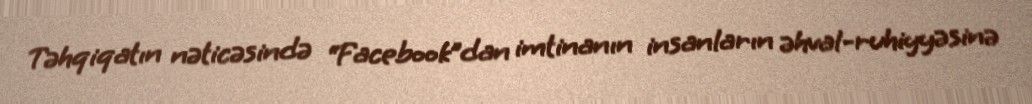
Təhqiqatın nəticəsində “Facebook”dan imtinanın insanların əhval-ruhiyyəsinə